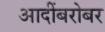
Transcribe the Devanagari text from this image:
आदींबरोबर